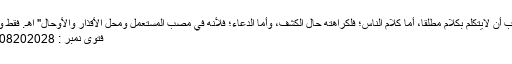
"ويستحب أن لايتكلم بكلام مطلقاً، أما كلام الناس؛ فلكراهته حال الكشف، وأما الدعاء؛ فلأنه في مصب المستعمل ومحل الأقذار والأوحال" اهـ. فقط والله أعلم
فتوی نمبر : 144108202028